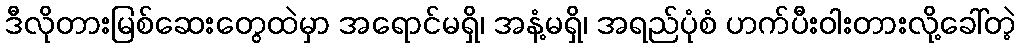
ဒီလိုတားမြစ်ဆေးတွေထဲမှာ အရောင်မရှိ၊ အနံ့မရှိ၊ အရည်ပုံစံ ဟက်ပီးဝါးတားလို့ခေါ်တဲ့